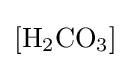
[\mathrm {H_{2}CO_{3}} ]